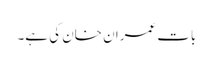
بات عمران خان کی ہے۔